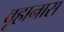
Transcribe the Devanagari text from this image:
वूहानास